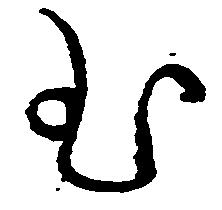
む